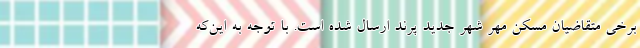
برخی متقاضیان مسکن مهر شهر جدید پرند ارسال شده است. با توجه به این‌که